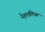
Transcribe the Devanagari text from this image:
नेशनलिज्म